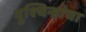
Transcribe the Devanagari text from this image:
दुश्चिन्हांचा